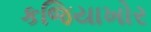
કજિયાખોર